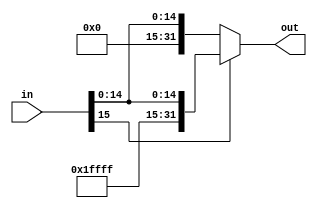
module sign_extend (in, out);
	input [15:0] in;
	output reg [31:0] out;

	always@ (in) begin
		if (in[15] == 0) begin
			//out[15:0] <= in[15:0];
			//out[31:16] <= 16'b0000_0000_0000_0000;
			out <= {16'b0000_0000_0000_0000, in[15:0]};
		end
		else begin
			//out[15:0] <= in[15:0];
			//out[31:16] <= 16'b1111_1111_1111_1111;
			out <= {16'b1111_1111_1111_1111, in[15:0]};
		end
	end
endmodule